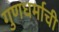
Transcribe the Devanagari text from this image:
गुणधर्माची